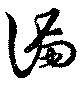
漏